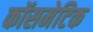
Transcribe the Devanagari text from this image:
कॉसमेटिक